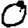
Digit: 0